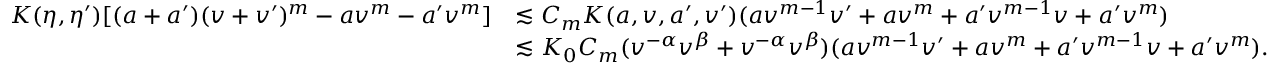
\begin{array} { r l } { K ( \eta , \eta ^ { \prime } ) [ ( a + a ^ { \prime } ) ( v + v ^ { \prime } ) ^ { m } - a v ^ { m } - a ^ { \prime } v ^ { m } ] } & { \lesssim C _ { m } K ( a , v , a ^ { \prime } , v ^ { \prime } ) ( a v ^ { m - 1 } v ^ { \prime } + a v ^ { m } + a ^ { \prime } v ^ { m - 1 } v + a ^ { \prime } v ^ { m } ) } \\ & { \lesssim K _ { 0 } C _ { m } ( v ^ { - \alpha } v ^ { \beta } + v ^ { - \alpha } v ^ { \beta } ) ( a v ^ { m - 1 } v ^ { \prime } + a v ^ { m } + a ^ { \prime } v ^ { m - 1 } v + a ^ { \prime } v ^ { m } ) . } \end{array}